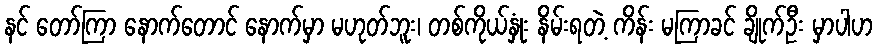
နင် တော်ကြာ နောက်တောင် နောက်မှာ မဟုတ်ဘူး၊ တစ်ကိုယ်နှုံး နိမ်းရတဲ့ ကိန်း မကြာခင် ချိုက်ဦး မှာပါဟ